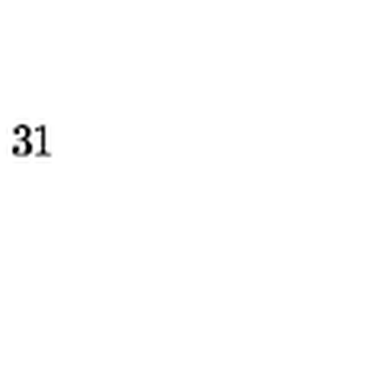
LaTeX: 3 1